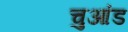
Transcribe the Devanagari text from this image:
चुआंड